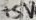
Text: +5V